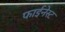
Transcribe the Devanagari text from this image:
फाईनेस्ट